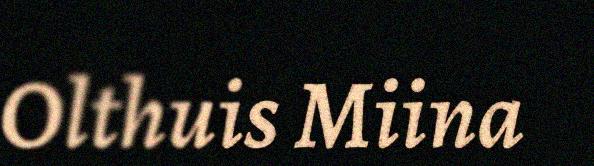
Olthuis Miina